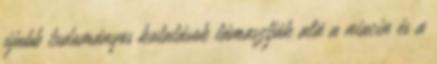
újabb tudományos kutatások támasztják alá a niacin és a